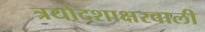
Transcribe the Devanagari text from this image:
त्रयोदशाक्षरवाली